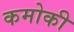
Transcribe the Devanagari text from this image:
कमोकी